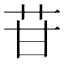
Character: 苷